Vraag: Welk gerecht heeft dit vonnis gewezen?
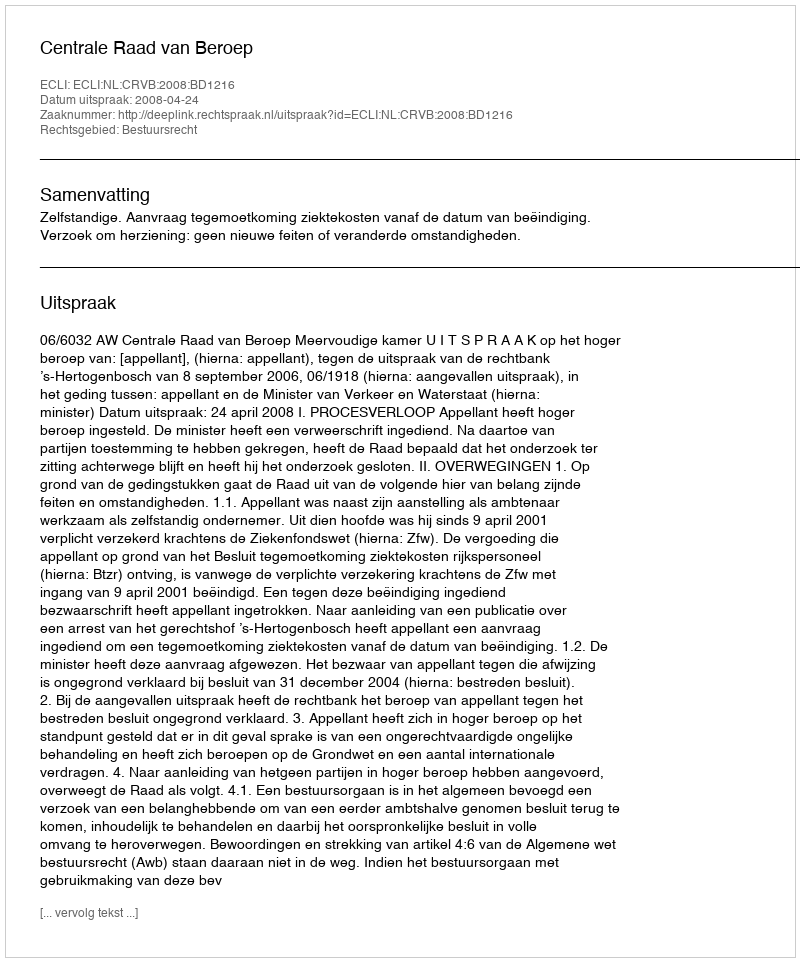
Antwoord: Centrale Raad van Beroep